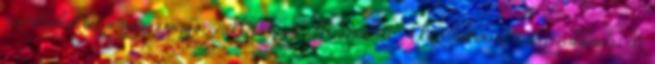
szertralint bizonyos gyógyszerekkel együtt alkalmazza. A kezelőorvosa megszakíthatja az